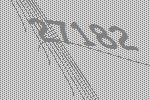
27182